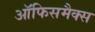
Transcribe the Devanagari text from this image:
ऑफिसमैक्स